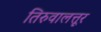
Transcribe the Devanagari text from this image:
तिरुवालत्तूर